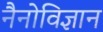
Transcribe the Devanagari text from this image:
नैनोविज्ञान